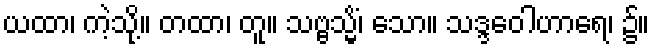
ယထာ၊ ကဲ့သို့။ တထာ၊ တူ။ သဗ္ဗသ္မိံ၊ သော။ သဒ္ဒဝေါဟာရေ၊ ၌။